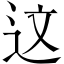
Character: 这